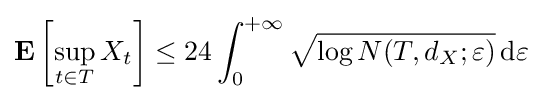
\mathbf {E} \left[\sup _{t\in T}X_{t}\right]\leq 24\int _{0}^{+\infty }{\sqrt {\log N(T,d_{X};\varepsilon )}}\,\mathrm {d} \varepsilon